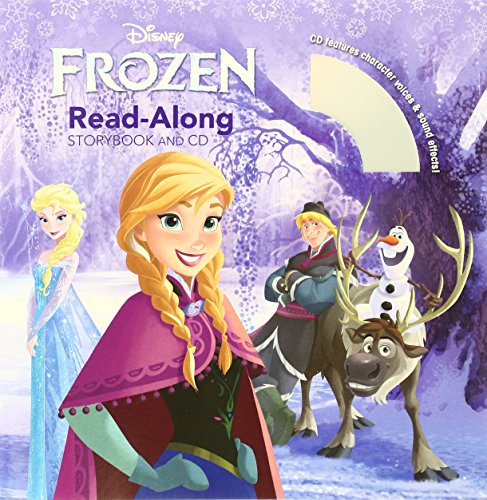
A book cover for Frozen Read-Along (Book and CD); Children's Books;